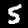
Digit: 5